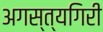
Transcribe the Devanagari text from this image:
अगस्त्यगिरी